Indian journal of veterinary science and animal husbandry - Volume 10,
Year: 1940
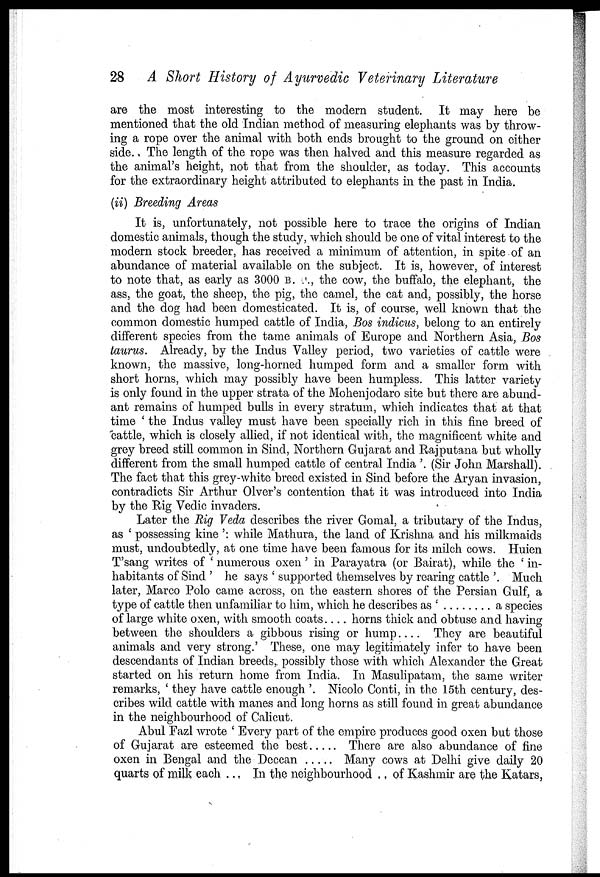
28 A Short History of Ayurvedic Veterinary Literature
are the most interesting to the modern student. It may here be
mentioned that the old Indian method of measuring elephants was by throw-
ing a rope over the animal with both ends brought to the ground on either
side. The length of the rope was then halved and this measure regarded as
the animal's height, not that from the shoulder, as today. This accounts
for the extraordinary height attributed to elephants in the past in India.
(ii) Breeding Areas
It is, unfortunately, not possible here to trace the origins of Indian
domestic animals, though the study, which should be one of vital interest to the
modern stock breeder, has received a minimum of attention, in spite of an
abundance of material available on the subject. It is, however, of interest
to note that, as early as 3000 B. C., the cow, the buffalo, the elephant, the
ass, the goat, the sheep, the pig, the camel, the cat and, possibly, the horse
and the dog had been domesticated. It is, of course, well known that the
common domestic humped cattle of India, Bos indicus, belong to an entirely
different species from the tame animals of Europe and Northern Asia, Bos
taurus. Already, by the Indus Valley period, two varieties of cattle were
known, the massive, long-horned humped form and a smaller form with
short horns, which may possibly have been humpless. This latter variety
is only found in the upper strata of the Mohenjodaro site but there are abund-
ant remains of humped bulls in every stratum, which indicates that at that
time ' the Indus valley must have been specially rich in this fine breed of
cattle, which is closely allied, if not identical with, the magnificent white and
grey breed still common in Sind, Northern Gujarat and Rajputana but wholly
different from the small humped cattle of central India '. (Sir John Marshall).
The fact that this grey-white breed existed in Sind before the Aryan invasion,
contradicts Sir Arthur Olver's contention that it was introduced into India
by the Rig Vedic invaders.
Later the Rig Veda describes the river Gomal, a tributary of the Indus,
as ' possessing kine ': while Mathura, the land of Krishna and his milkmaids
must, undoubtedly, at one time have been famous for its milch cows. Huien
T'sang writes of ' numerous oxen ' in Parayatra (or Bairat), while the ' in-
habitants of Sind ' he says ' supported themselves by rearing cattle '. Much
later, Marco Polo came across, on the eastern shores of the Persian Gulf, a
type of cattle then unfamiliar to him, which he describes as '
a species
of large white oxen, with smooth coats.... horns thick and obtuse and having
between the shoulders a gibbous rising or hump.... They are beautiful
animals and very strong.' These, one may legitimately infer to have been
descendants of Indian breeds, possibly those with which Alexander the Great
started on his return home from India. In Masulipatam, the same writer
remarks, ' they have cattle enough '. Nicolo Conti, in the 15th century, des-
cribes wild cattle with manes and long horns as still found in great abundance
in the neighbourhood of Calicut.
Abul Fazl wrote ' Every part of the empire produces good oxen but those
of Gujarat are esteemed the best
There are also abundance of fine
oxen in Bengal and the Deccan
Many cows at Delhi give daily 20
quarts of milk each ... In the neighbourhood .. of Kashmir are the Katars,